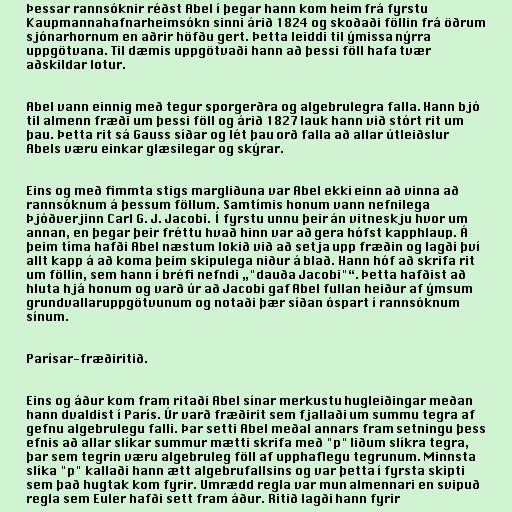
Þessar rannsóknir réðst Abel í þegar hann kom heim frá fyrstu
Kaupmannahafnarheimsókn sinni árið 1824 og skoðaði föllin frá öðrum
sjónarhornum en aðrir höfðu gert. Þetta leiddi til ýmissa nýrra
uppgötvana. Til dæmis uppgötvaði hann að þessi föll hafa tvær
aðskildar lotur.

Abel vann einnig með tegur sporgerðra og algebrulegra falla. Hann bjó
til almenn fræði um þessi föll og árið 1827 lauk hann við stórt rit um
þau. Þetta rit sá Gauss síðar og lét þau orð falla að allar útleiðslur
Abels væru einkar glæsilegar og skýrar.

Eins og með fimmta stigs margliðuna var Abel ekki einn að vinna að
rannsóknum á þessum föllum. Samtímis honum vann nefnilega
Þjóðverjinn Carl G. J. Jacobi. Í fyrstu unnu þeir án vitneskju hvor um
annan, en þegar þeir fréttu hvað hinn var að gera hófst kapphlaup. Á
þeim tíma hafði Abel næstum lokið við að setja upp fræðin og lagði því
allt kapp á að koma þeim skipulega niður á blað. Hann hóf að skrifa rit
um föllin, sem hann í bréfi nefndi „"dauða Jacobi"“. Þetta hafðist að
hluta hjá honum og varð úr að Jacobi gaf Abel fullan heiður af ýmsum
grundvallaruppgötvunum og notaði þær síðan óspart í rannsóknum
sínum.

Parísar-fræðiritið.

Eins og áður kom fram ritaði Abel sínar merkustu hugleiðingar meðan
hann dvaldist í París. Úr varð fræðirit sem fjallaði um summu tegra af
gefnu algebrulegu falli. Þar setti Abel meðal annars fram setningu þess
efnis að allar slíkar summur mætti skrifa með "p" liðum slíkra tegra,
þar sem tegrin væru algebruleg föll af upphaflegu tegrunum. Minnsta
slíka "p" kallaði hann ætt algebrufallsins og var þetta í fyrsta skipti
sem það hugtak kom fyrir. Umrædd regla var mun almennari en svipuð
regla sem Euler hafði sett fram áður. Ritið lagði hann fyrir